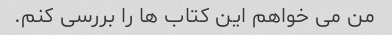
من می خواهم این کتاب ها را بررسی کنم.